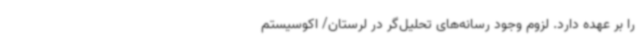
را بر عهده دارد. لزوم وجود رسانه‌های تحلیل‌گر در لرستان/ اکوسیستم